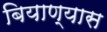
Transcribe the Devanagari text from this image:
बियाण्यास